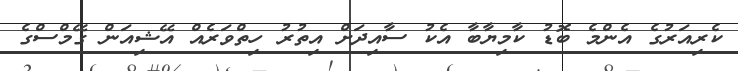
ކެރިއަރުގެ އެންމެ ބޮޑު ކާމިޔާބާ އެކު ސާއިދަށް އިތުރު ހިތްވަރެއް އޭޝިއަން ގޭމްސްގެ